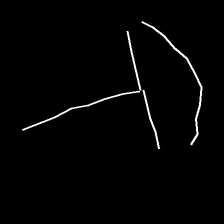
Glyph: dispersion